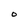
Character: O